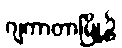
ဂျကာတာမြို့၌